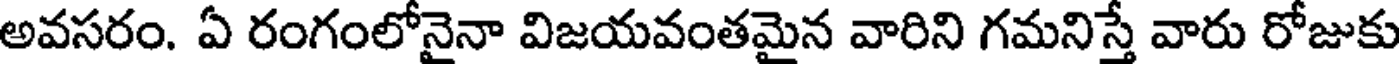
అవసరం. ఏ రంగంలోనైనా విజయవంతమైన వారిని గమనిస్తే వారు రోజుకు